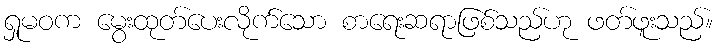
ရှုမဝက မွေးထုတ်ပေးလိုက်သော စာရေးဆရာဖြစ်သည်ဟု ဖတ်ဖူးသည်။